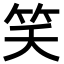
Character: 笑